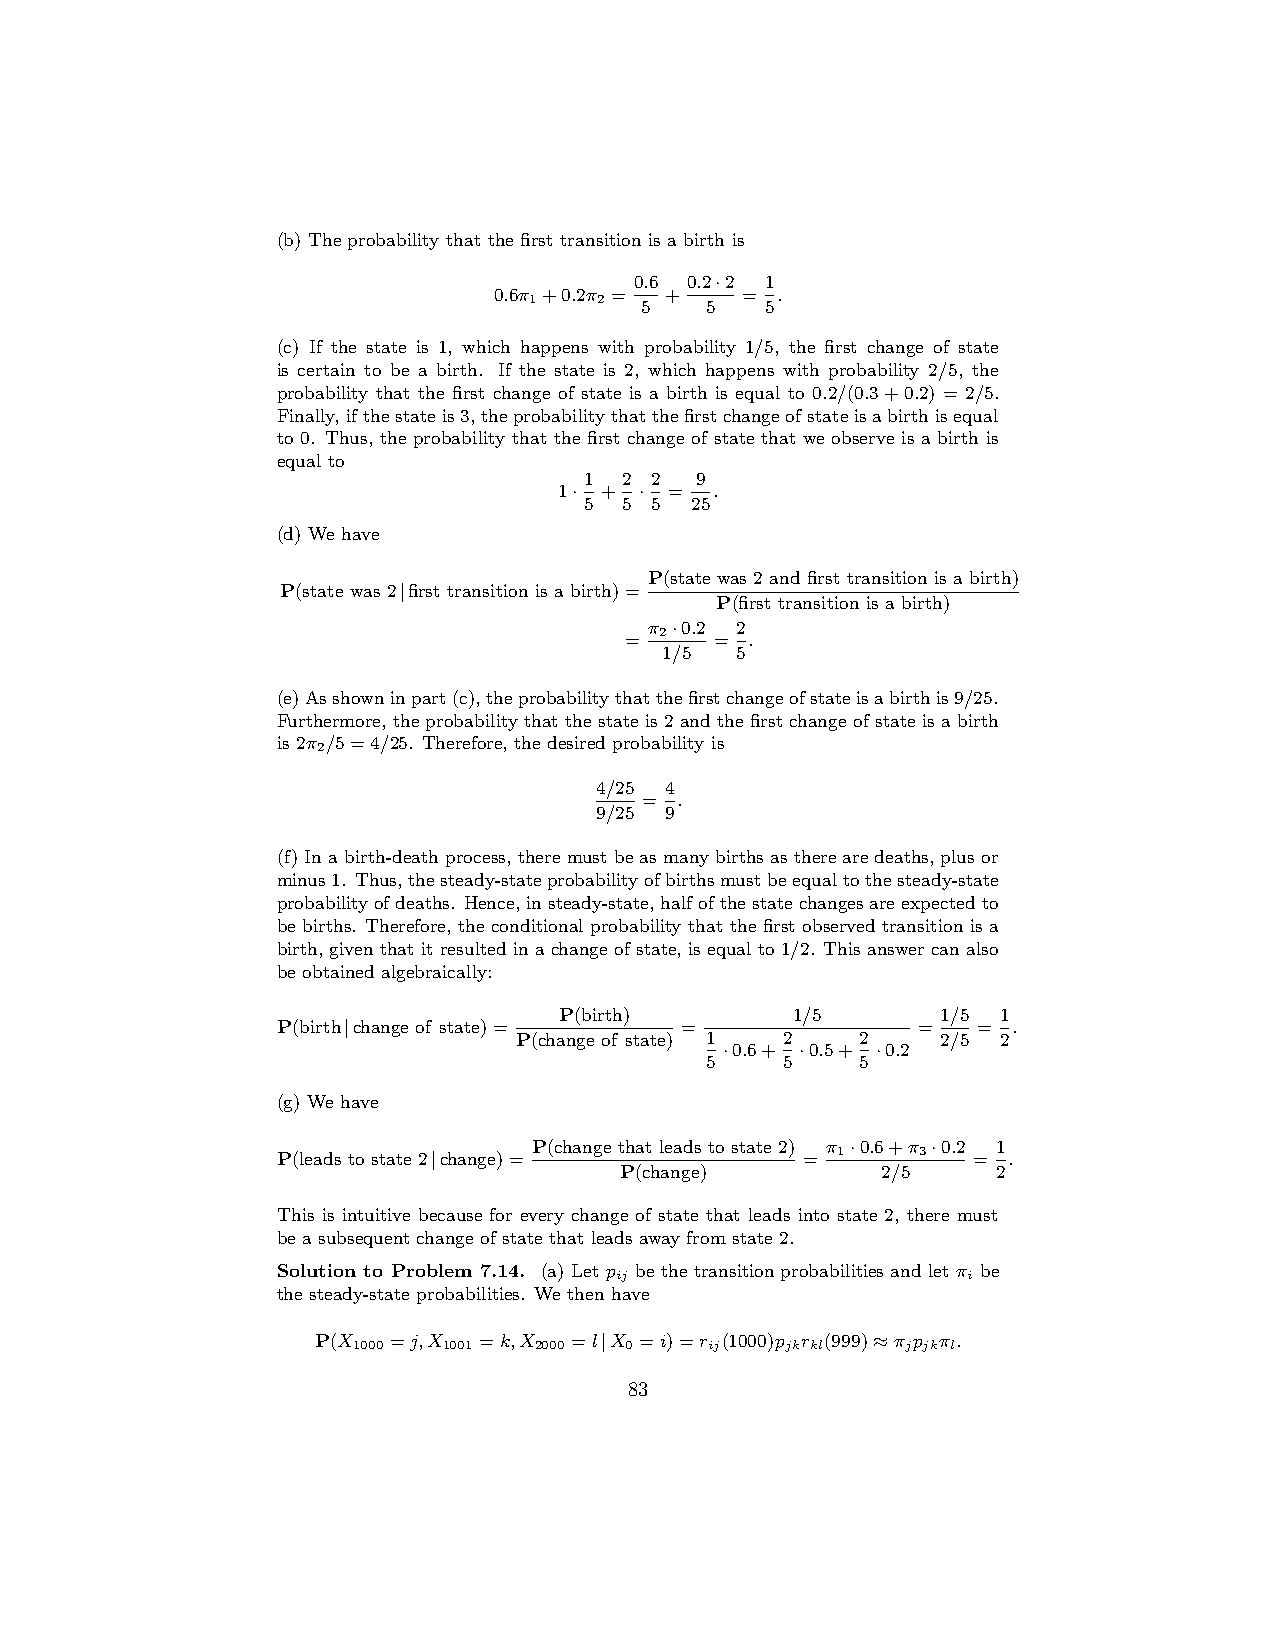
(b) The probability that the first transition is a birth is
 0.6 0.2·2 1
 0.6π +0.2π = +  = .
 1    2 5    5   5
 (c) If the state is 1, which happens with probability 1/5, the first change of state
 is certain to be a birth. If the state is 2, which happens with probability 2/5, the
 probability that the first change of state is a birth is equal to 0.2/(0.3+0.2) = 2/5.
 Finally,ifthestateis3,theprobabilitythatthefirstchangeofstateisabirthisequal
 to 0. Thus, the probability that the first change of state that we observe is a birth is
 equal to
 1 2 2  9
 1· + · =  .
 5 5 5  25
 (d) We have
 P(state was 2 and first transition is a birth)
 P(state was 2|first transition is a birth)=
 P(first transition is a birth)
 π ·0.2 2
 =  2  =  .
 1/5  5
 (e)Asshowninpart(c),theprobabilitythatthefirstchangeofstateisabirthis9/25.
 Furthermore, the probability that the state is 2 and the first change of state is a birth
 is 2π /5=4/25. Therefore, the desired probability is
 2
 4/25 4
 = .
 9/25 9
 (f)Inabirth-deathprocess,theremustbeasmanybirthsastherearedeaths, plusor
 minus1. Thus,thesteady-stateprobabilityofbirthsmustbeequaltothesteady-state
 probabilityofdeaths. Hence,insteady-state,halfofthestatechangesareexpectedto
 be births. Therefore, the conditional probability that the first observed transition is a
 birth, given that it resulted in a change of state, is equal to 1/2. This answer can also
 be obtained algebraically:
 P(birth)       1/5       1/5 1
 P(birth|change of state)=  =               =   = .
 P(change of state) 1 2 2    2/5 2
 ·0.6+ ·0.5+ ·0.2
 5    5    5
 (g) We have
 P(change that leads to state 2) π ·0.6+π ·0.2 1
 P(leads to state 2|change)=        = 1     3  =  .
 P(change)        2/5     2
 This is intuitive because for every change of state that leads into state 2, there must
 be a subsequent change of state that leads away from state 2.
 Solution to Problem 7.14. (a)Letp bethetransitionprobabilitiesandletπ be
 ij                     i
 the steady-state probabilities. We then have
 P(X  =j,X  =k,X  =l|X =i)=r (1000)p r (999)≈π p π.
 1000  1001  2000  0     ij   jk kl   j jk l
 83